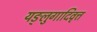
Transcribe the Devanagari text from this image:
यङ्लुगादिवृत्त